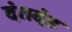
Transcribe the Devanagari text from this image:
दंतदंड